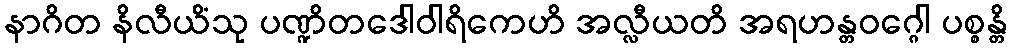
နာဂိတ နိလီယိံသု ပဏ္ဍိတဒေါဝါရိကေဟိ အလ္လီယတိ အရဟန္တဝဂ္ဂေါ ပစ္စန္တိ